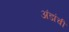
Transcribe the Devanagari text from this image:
अंडांची